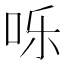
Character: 𪠸